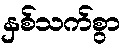
နှစ်သက်စွာ